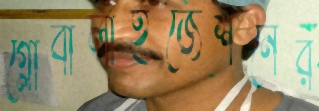
গ্লোবালাইজেশনের